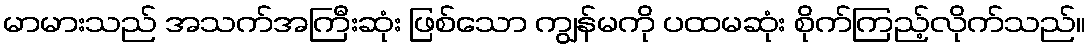
မာမားသည် အသက်အကြီးဆုံး ဖြစ်သော ကျွန်မကို ပထမဆုံး စိုက်ကြည့်လိုက်သည်။